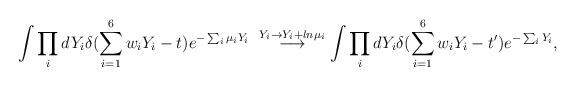
LaTeX: \begin{align*}\int\prod_i dY_i\delta(\sum_{i=1}^6w_iY_i - t)e^{-\sum_i\mu_iY_i}\ \stackrel{Y_i\rightarrow Y_i+ln\mu_i}{\longrightarrow}\int\prod_i dY_i\delta(\sum_{i=1}^6w_iY_i-t^\prime)e^{-\sum_iY_i},\end{align*}